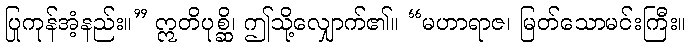
ပြုကုန်အံ့နည်း။” ဣတိပုစ္ဆိ၊ ဤသို့လျှောက်၏။ “မဟာရာဇ၊ မြတ်သောမင်းကြီး။